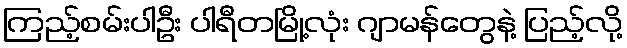
ကြည့်စမ်းပါဦး ပါရီတမြို့လုံး ဂျာမန်တွေနဲ့ ပြည့်လို့